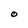
Character: O